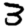
Digit: 3